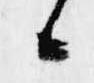
候